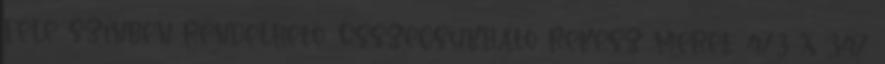
féle színben rendelhető. Összecsukható rekesz méret: 473 x 347